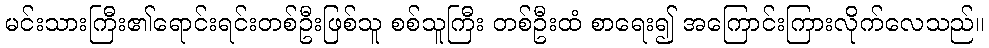
မင်းသားကြီး၏ရောင်းရင်းတစ်ဦးဖြစ်သူ စစ်သူကြီး တစ်ဦးထံ စာရေး၍ အကြောင်းကြားလိုက်လေသည်။